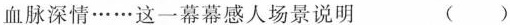
血脉深情……这一幕幕感人场景说明 ( )